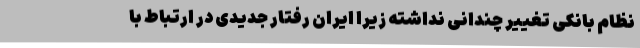
نظام بانکی تغییر چندانی نداشته زیرا ایران رفتار جدیدی در ارتباط با